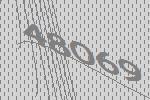
48069